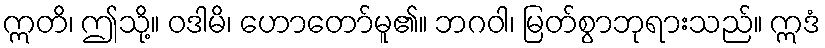
ဣတိ၊ ဤသို့။ ဝဒါမိ၊ ဟောတော်မူ၏။ ဘဂဝါ၊ မြတ်စွာဘုရားသည်။ ဣဒံ